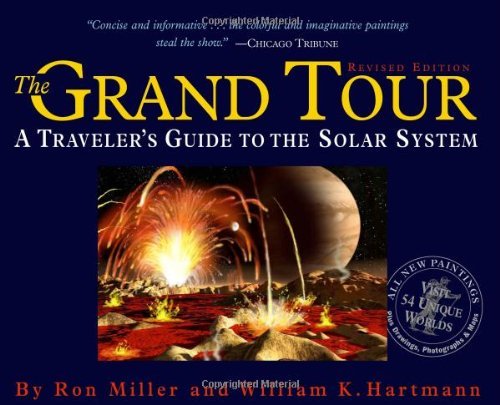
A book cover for The Grand Tour: A Traveler's Guide to the Solar System [Paperback] [2005] (Author) William K. Hartmann, Ron Miller; Science & Math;